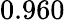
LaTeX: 0.960